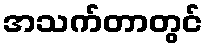
အသက်တာတွင်